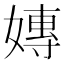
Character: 嫥